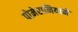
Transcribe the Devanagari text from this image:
पोमेरानियामें